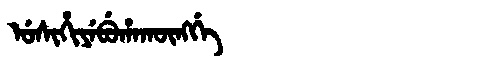
Manchu: ᡠᠰᡳᡥᡳᠶᡝᠪᡠᡥᠠᡴᡡᠩᡤᡝ
Romanization: USIHIYEBUHAKŪNGGE